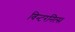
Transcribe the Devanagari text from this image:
विन्टरनित्स